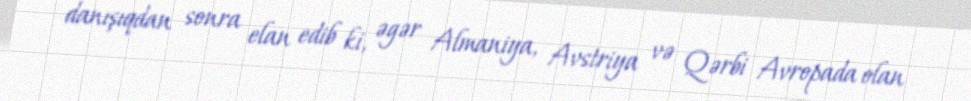
danışıqdan sonra elan edib ki, əgər Almaniya, Avstriya və Qərbi Avropada olan